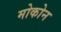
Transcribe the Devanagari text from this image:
मोकोन